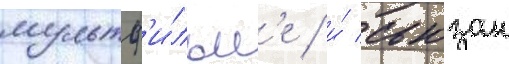
мультф'и́льм'е / и́ сьюзан